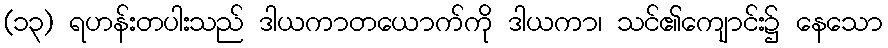
(၁၃) ရဟန်းတပါးသည် ဒါယကာတယောက်ကို ဒါယကာ၊ သင်၏ကျောင်း၌ နေသော